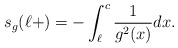
\begin{align*}s_g(\ell+)=-\int_{\ell}^c \frac{1}{g^2(x)}dx.\end{align*}